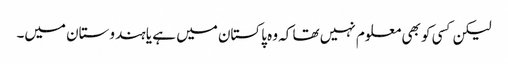
لیکن کسی کو بھی معلوم نہیں تھا کہ وہ پاکستان میں ہے یا ہندوستان میں۔